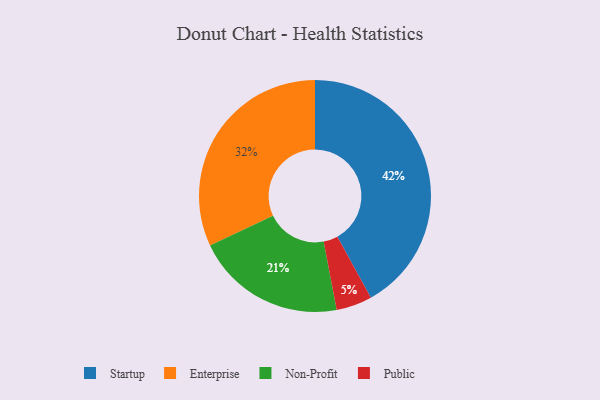
{"axis": {"x": "Category", "y": "Percentage"}, "legend": ["Enterprise", "Non-Profit", "Public", "Startup"], "data": [{"x": "Non-Profit", "y": 21, "type": "Non-Profit"}, {"x": "Public", "y": 5, "type": "Public"}, {"x": "Startup", "y": 42, "type": "Startup"}, {"x": "Enterprise", "y": 32, "type": "Enterprise"}]}